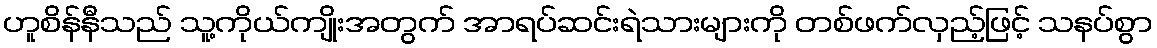
ဟူစိန်နီသည် သူ့ကိုယ်ကျိုးအတွက် အာရပ်ဆင်းရဲသားများကို တစ်ဖက်လှည့်ဖြင့် သနပ်စွာ